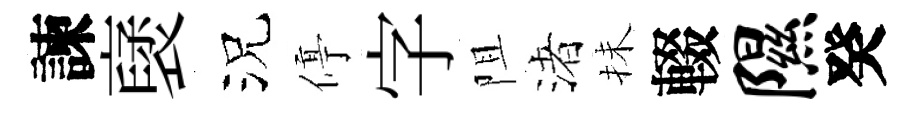
諫裦況停字阻渚抺輟隰癸